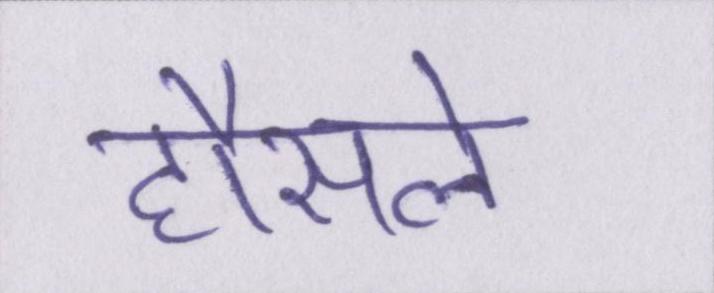
हौसले